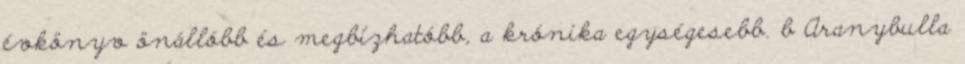
évkönyv önállóbb és megbízhatóbb, a krónika egységesebb. b Aranybulla